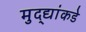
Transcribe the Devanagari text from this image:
मुद्‍द्यांकडे